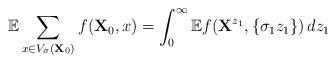
LaTeX: \begin{align*}\mathbb{E} \sum_{x \in V_{\sigma} (\mathbf{X}_0)} f(\mathbf{X}_0, x) = \int_0^\infty \mathbb{E} f(\mathbf{X}^{z_1}, \{\sigma_1 z_1\}) \,dz_1\end{align*}